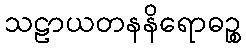
သဠာယတနနိရောဓဉ္စ